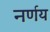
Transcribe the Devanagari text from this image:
नर्णय